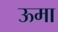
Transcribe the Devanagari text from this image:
ऊमा